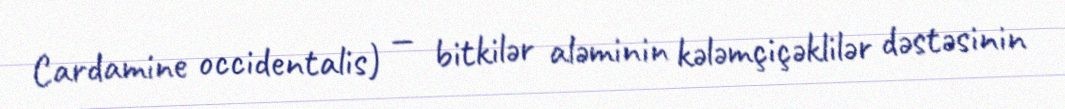
Cardamine occidentalis) — bitkilər aləminin kələmçiçəklilər dəstəsinin